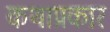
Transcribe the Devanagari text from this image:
कथाप्रकार